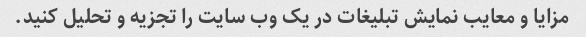
مزایا و معایب نمایش تبلیغات در یک وب سایت را تجزیه و تحلیل کنید.